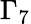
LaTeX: \Gamma_{7}